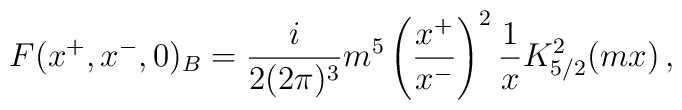
F(x^+,x^-,0)_B=\frac{i}{2(2\pi)^3} m^5 \left(\frac{x^+}{x^-} \right)^2\frac{1}{x} K^2_{5/2}(mx)\,,